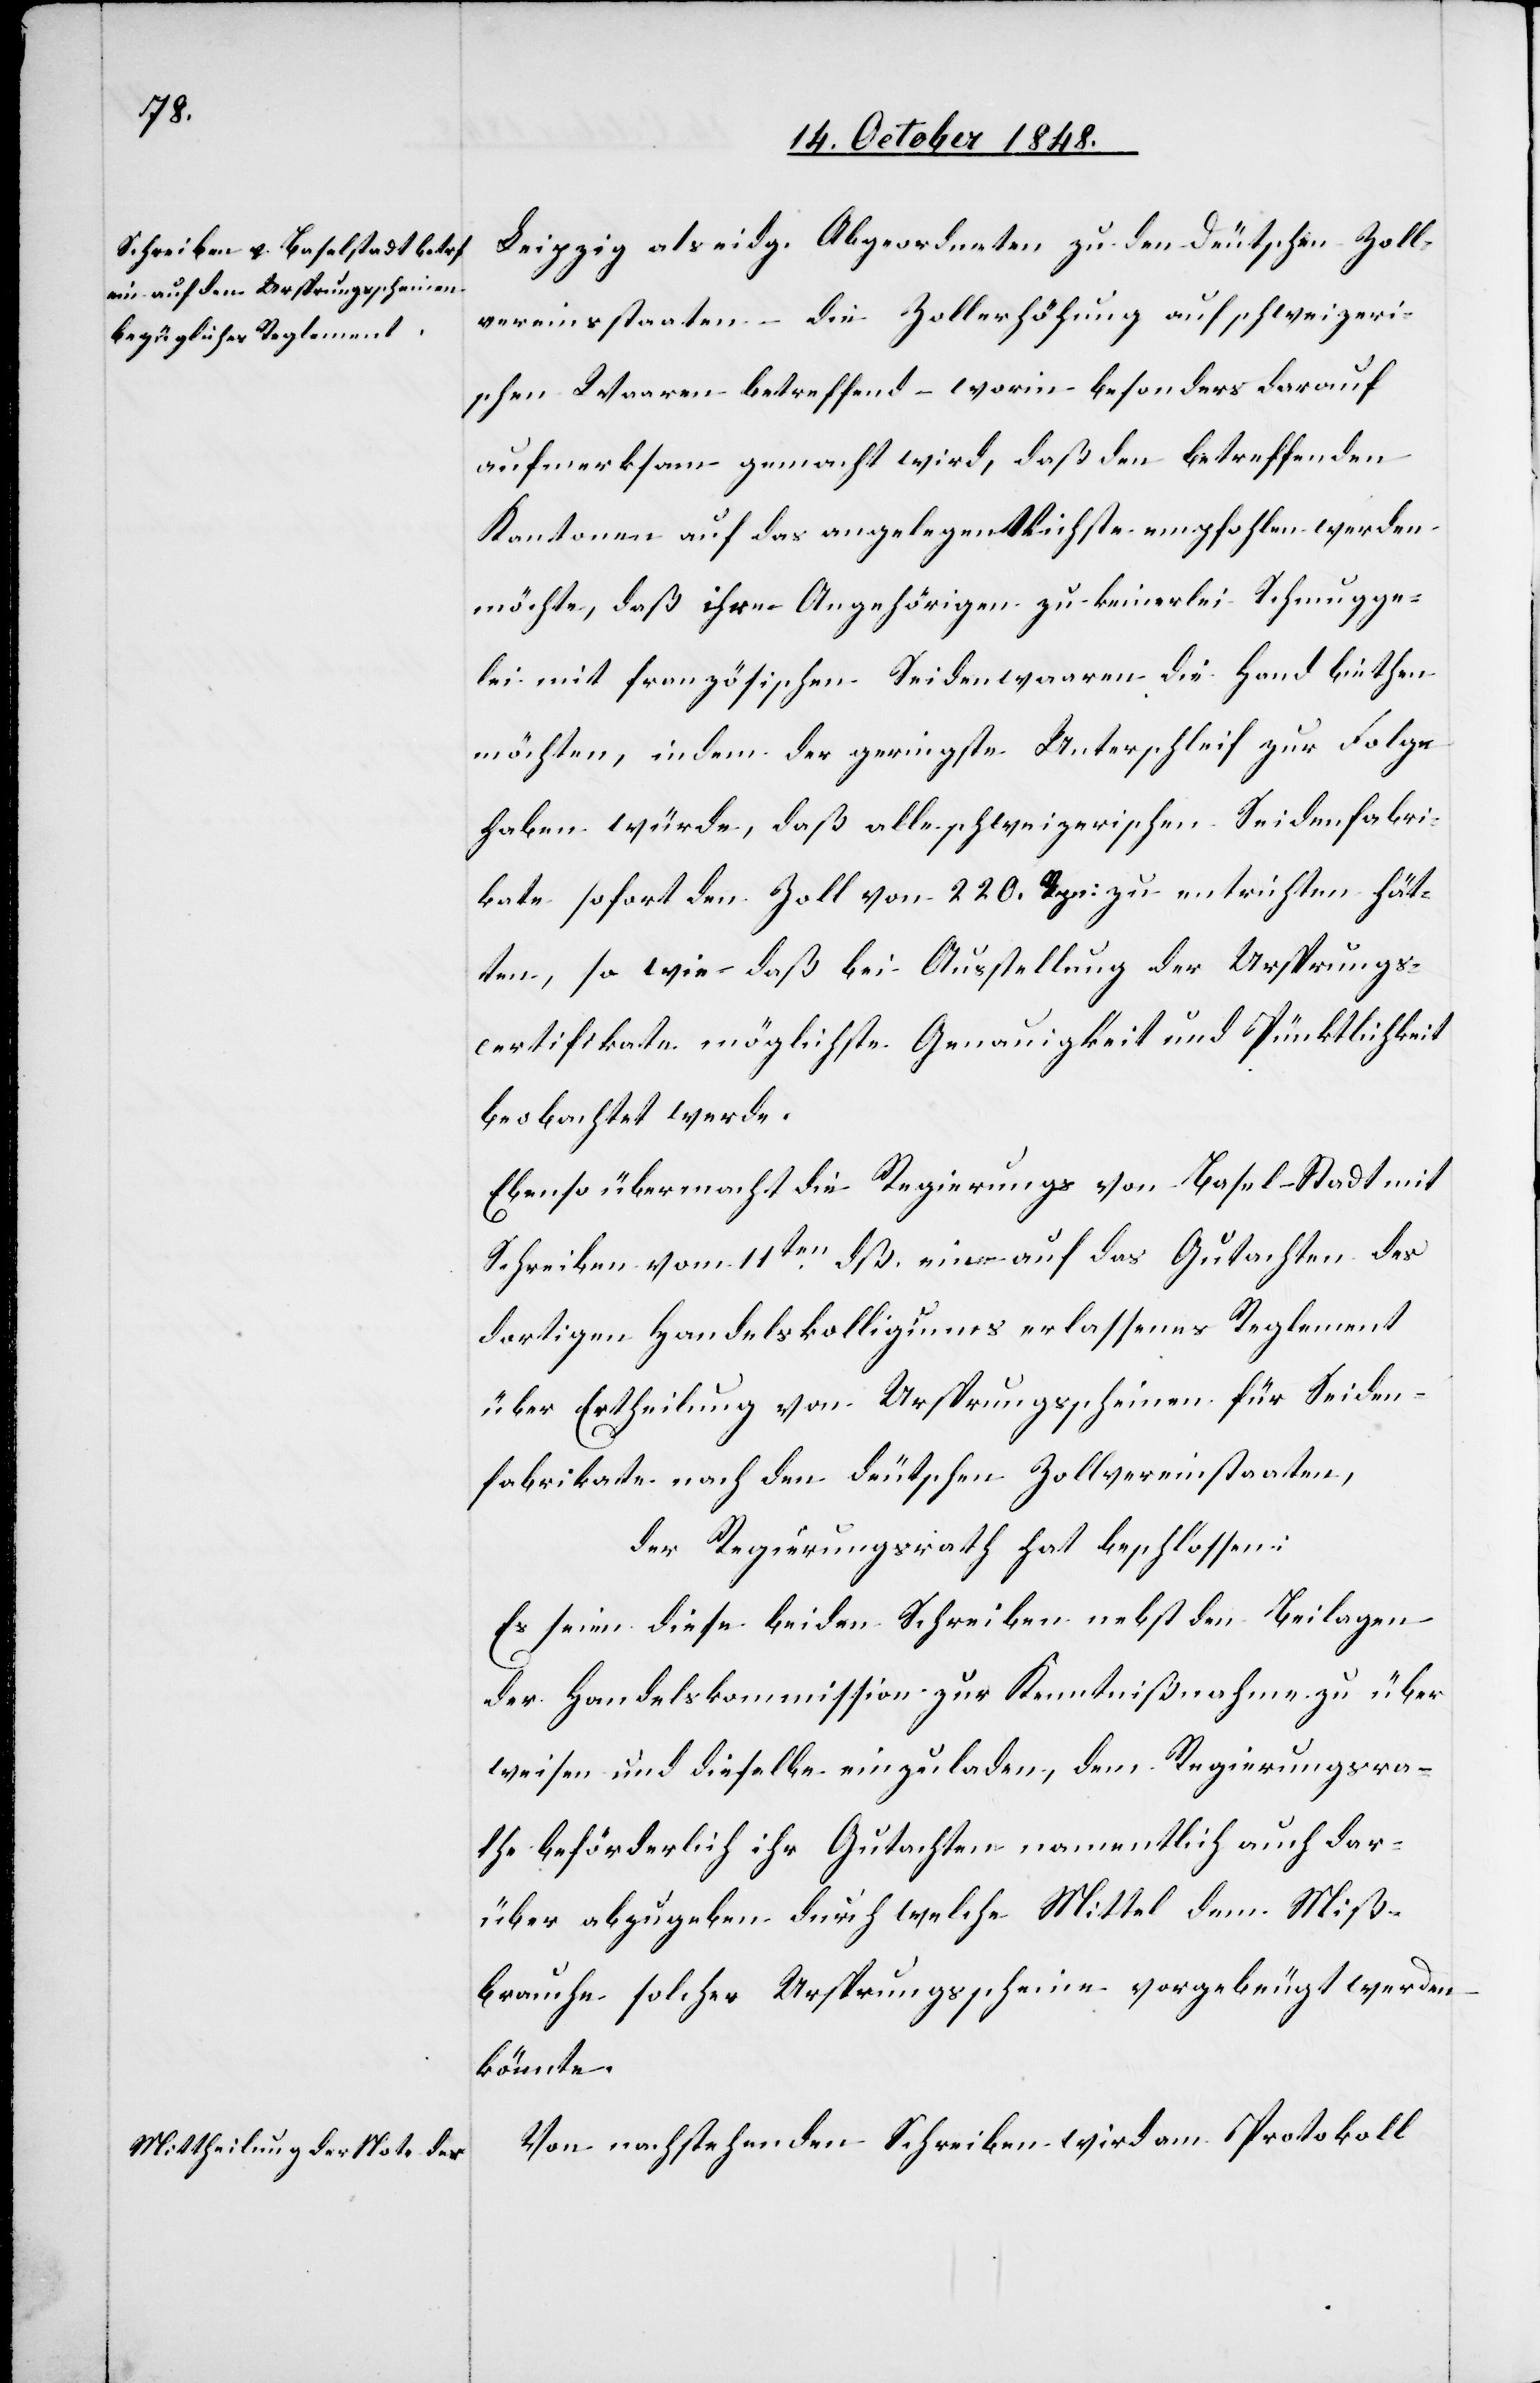
Leipzig als eidg. Abgeordneten zu den Deutschen Zoll¬
vereinsstaaten – Zollerhöhung auf schweizeri¬
schen Waaren betreffend – worin besonders darauf
aufmerksam gemacht wird, daß den betreffenden
Kantonen auf das angelegentlichste empfohlen werden
möchte, daß ihre Angehörigen zu keinerlei Schmugge¬
lei mit französischen Seidenwaaren die Hand biethen
möchten, indem der geringste Unterschleif zur Folge
haben würde, daß alle schweizerischen Seidenfabri¬
kate sofort den Zoll von 220. Rpn. zu entrichten hät¬
ten, so wie daß die Ausstellung der Ursprungs¬
certifikate möglichste Genauigkeit und Pünktlichkeit
beobachtet werde.
Ebenso übermacht die Regierungs [sic!] von Basel–Stadt mit
Schreiben vom 11ten dß. ein auf das Gutachten des
dortigen Handelskolligiums [sic!] erlassenes Reglement
über Ertheilung von Ursprungsscheinen für Seiden¬
fabrikate nach den deutschen Zollvereinstaaten,
der Regierungsrath hat beschlossen:
Es seien diese beiden Schreiben nebst den Beilagen
der Handelskommission zur Kenntnißnahme zu über¬
weisen und dieselbe einzuladen, dem Regierungsra¬
the beförderlich ihr Gutachten namentlich auch dar¬
über abzugeben durch welche Mittel dem Miß¬
brauche solcher Ursprungscheine vorgebeugt werden
könnte.
Von nachstehenden Schreiben wird am Protokoll